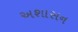
અશાસન